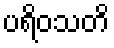
ပရိဝသတိ